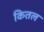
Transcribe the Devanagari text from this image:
कितल